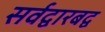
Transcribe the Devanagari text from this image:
सर्वद्वारबद्व